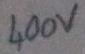
Text: 400v